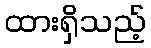
ထားရှိသည့်